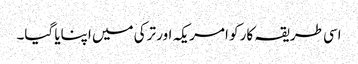
اسی طریقہ کار کو امریکہ اور ترکی میں اپنایا گیا۔